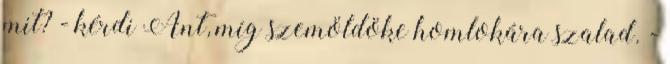
mit? - kérdi Ant, míg szemöldöke homlokára szalad. -